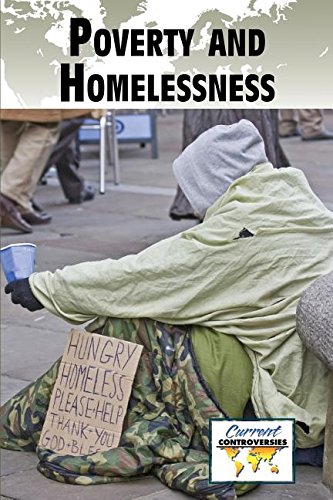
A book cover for Poverty and Homelessness (Current Controversies); Noel Merino; Teen & Young Adult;